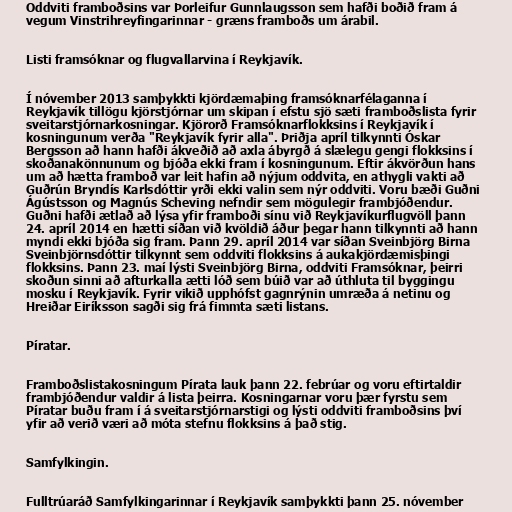
Oddviti framboðsins var Þorleifur Gunnlaugsson sem hafði boðið fram á
vegum Vinstrihreyfingarinnar - græns framboðs um árabil.

Listi framsóknar og flugvallarvina í Reykjavík.

Í nóvember 2013 samþykkti kjördæmaþing framsóknarfélaganna í
Reykjavík tillögu kjörstjórnar um skipan í efstu sjö sæti framboðslista fyrir
sveitarstjórnarkosningar. Kjörorð Framsóknarflokksins í Reykjavík í
kosningunum verða "Reykjavík fyrir alla". Þriðja apríl tilkynnti Óskar
Bergsson að hann hafði ákveðið að axla ábyrgð á slælegu gengi flokksins í
skoðanakönnunum og bjóða ekki fram í kosningunum. Eftir ákvörðun hans
um að hætta framboð var leit hafin að nýjum oddvita, en athygli vakti að
Guðrún Bryndís Karlsdóttir yrði ekki valin sem nýr oddviti. Voru bæði Guðni
Ágústsson og Magnús Scheving nefndir sem mögulegir frambjóðendur.
Guðni hafði ætlað að lýsa yfir framboði sínu við Reykjavíkurflugvöll þann
24. apríl 2014 en hætti síðan við kvöldið áður þegar hann tilkynnti að hann
myndi ekki bjóða sig fram. Þann 29. apríl 2014 var síðan Sveinbjörg Birna
Sveinbjörnsdóttir tilkynnt sem oddviti flokksins á aukakjördæmisþingi
flokksins. Þann 23. maí lýsti Sveinbjörg Birna, oddviti Framsóknar, þeirri
skoðun sinni að afturkalla ætti lóð sem búið var að úthluta til byggingu
mosku í Reykjavík. Fyrir vikið upphófst gagnrýnin umræða á netinu og
Hreiðar Eiríksson sagði sig frá fimmta sæti listans.

Píratar.

Framboðslistakosningum Pírata lauk þann 22. febrúar og voru eftirtaldir
frambjóðendur valdir á lista þeirra. Kosningarnar voru þær fyrstu sem
Píratar buðu fram í á sveitarstjórnarstigi og lýsti oddviti framboðsins því
yfir að verið væri að móta stefnu flokksins á það stig.

Samfylkingin.

Fulltrúaráð Samfylkingarinnar í Reykjavík samþykkti þann 25. nóvember